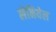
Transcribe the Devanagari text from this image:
लेनियेल